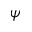
\psi